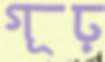
গূঢ়